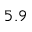
5 . 9